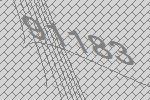
91183